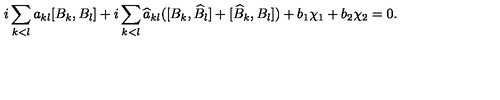
i \sum _ { k < l } a _ { k l } [ B _ { k } , B _ { l } ] + i \sum _ { k < l } \widehat { a } _ { k l } ( [ B _ { k } , \widehat { B } _ { l } ] + [ \widehat { B } _ { k } , B _ { l } ] ) + b _ { 1 } \chi _ { 1 } + b _ { 2 } \chi _ { 2 } = 0 .